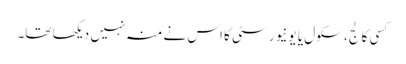
کسی کالج، سکول یا یونیورسٹی کا اس نے منہ نہیں دیکھا تھا۔